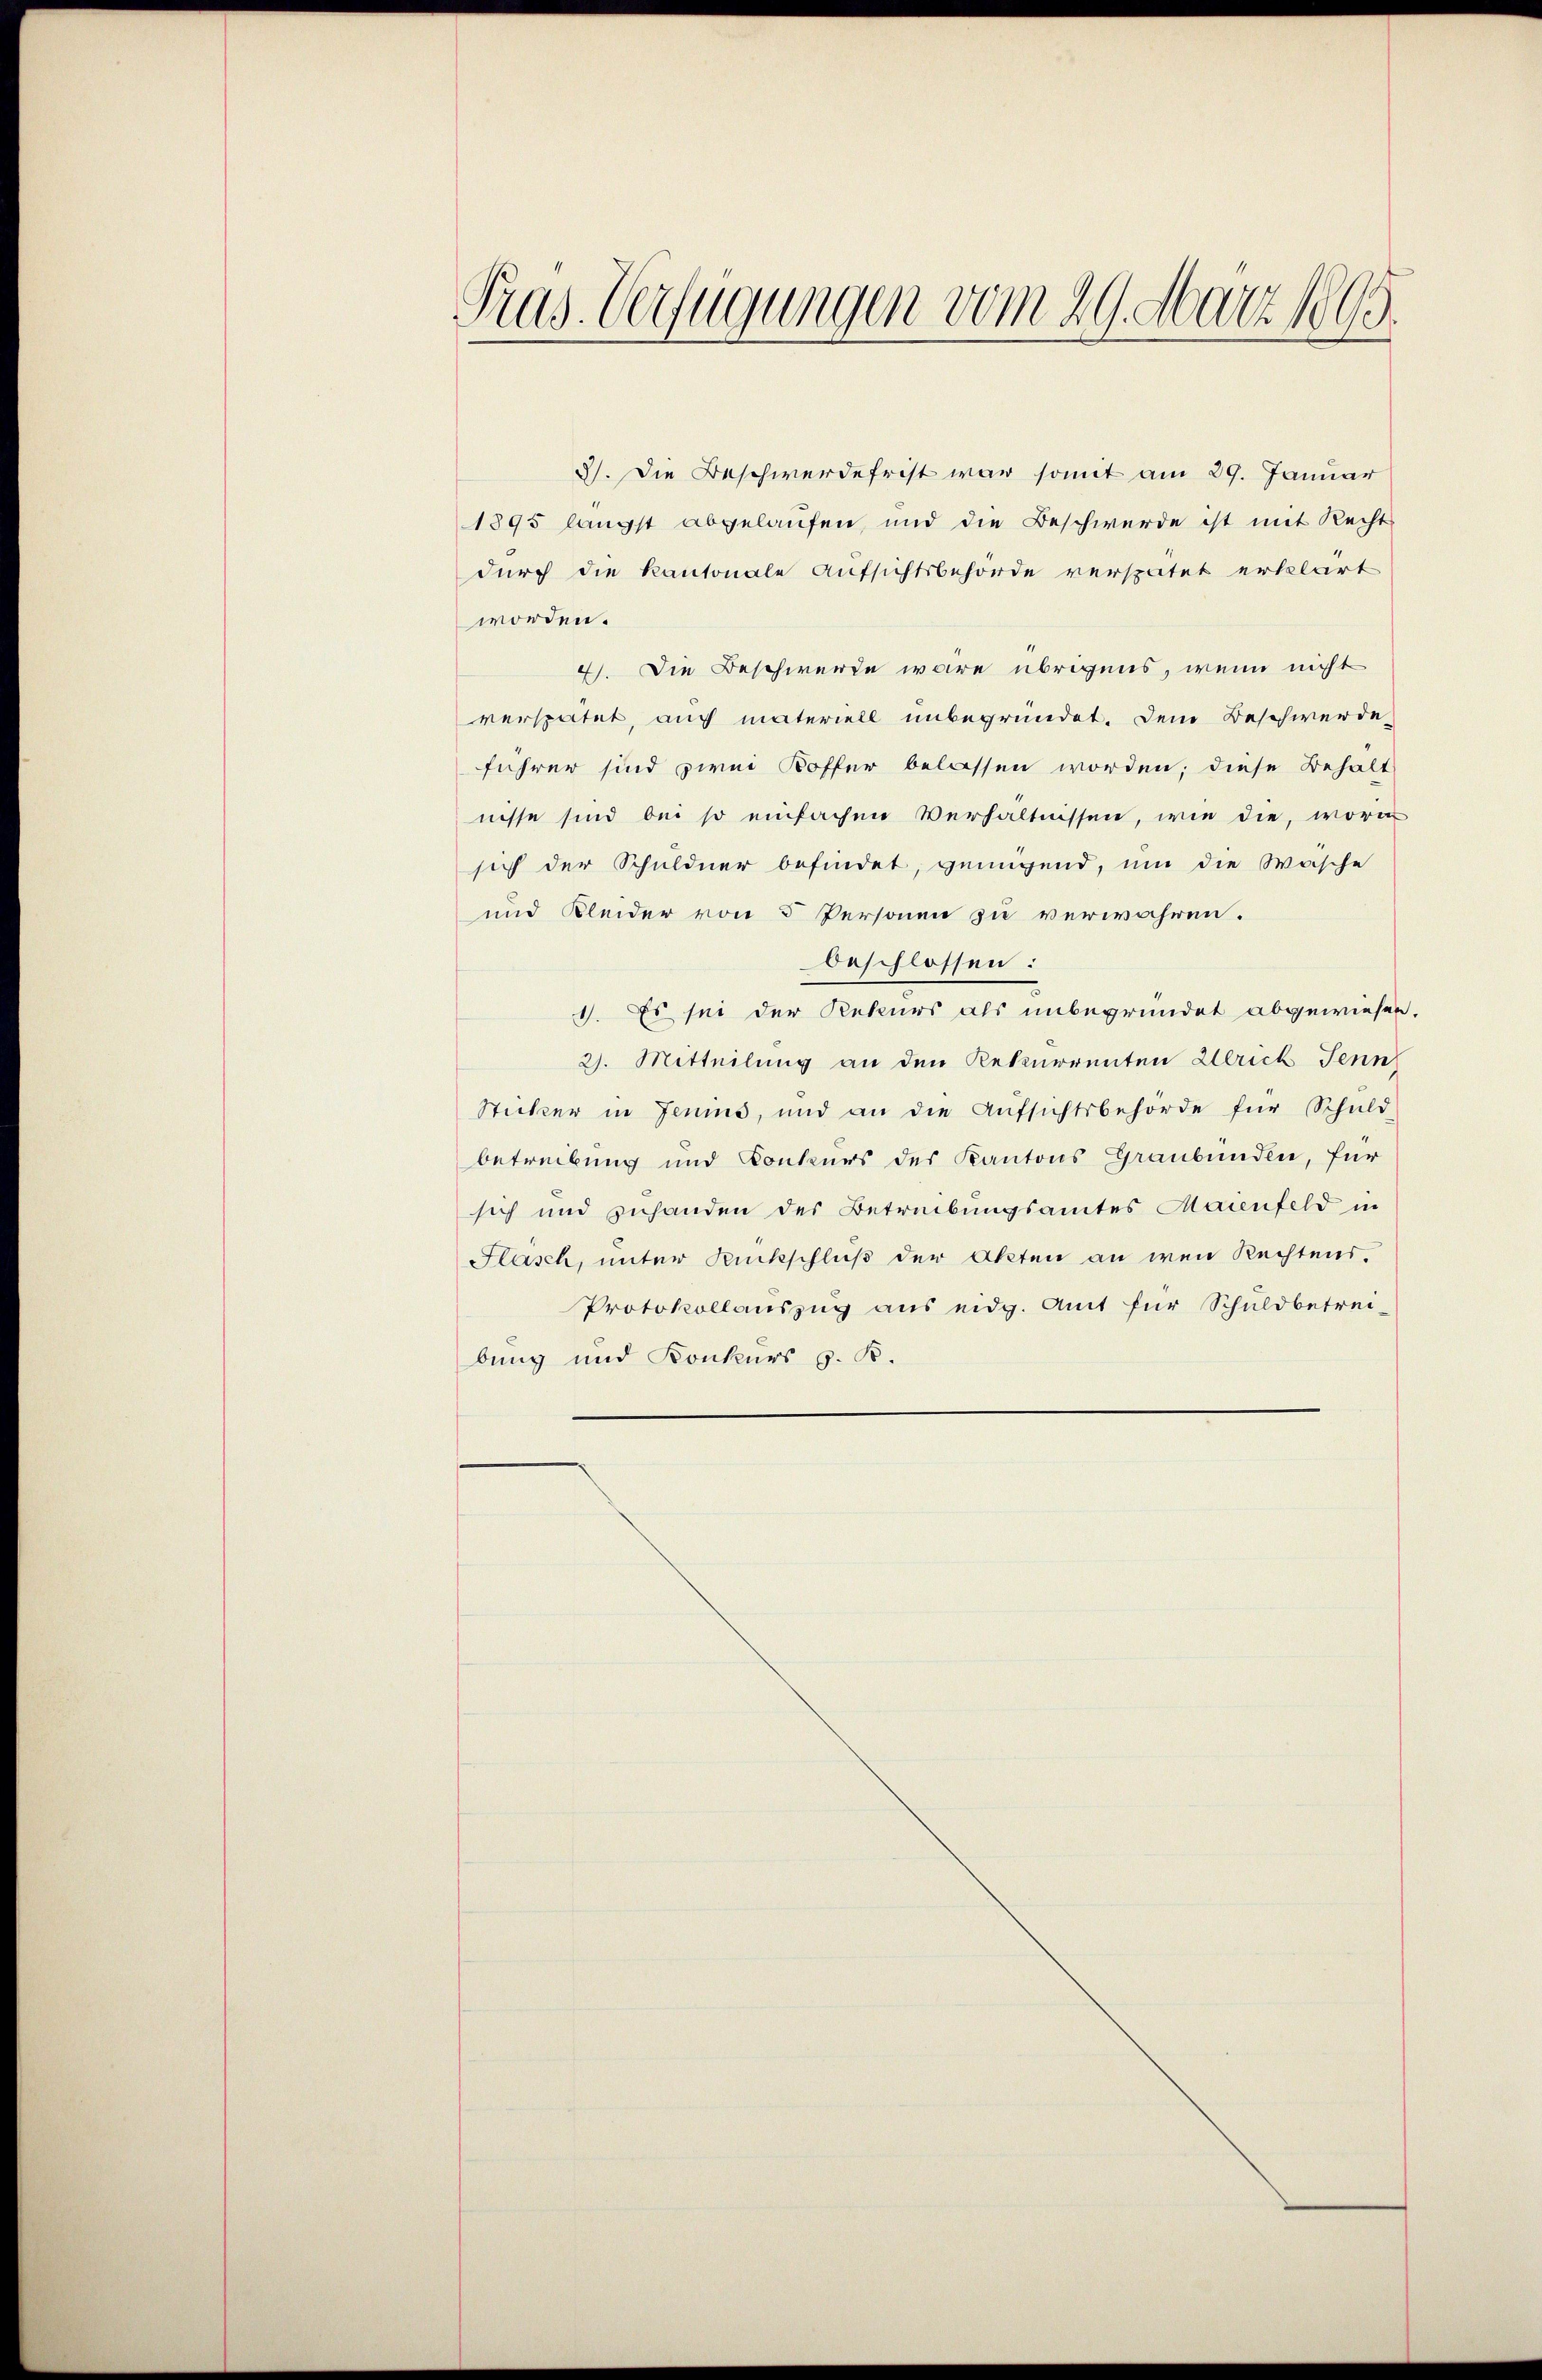
Pras. Verfügungen vom 29. März 1865.

3). Die Beschwerdefrist war somit am 29. Januar
1895 längst abgelaufen, und die Beschwerde ist mit Recht
durch die Kantonale Aufsichtsbehörde verspätet erklärt
worden.
4). Die Beschwerde wäre übrigens, wenn nicht
verspätet, auch materiell unbegründet. Dem Beschwerde
führer sind zwei Koffer belassen worden; diese Behalt
nisse sind bei so einfachen Verhältnissen, wie die, worin
sich der Schuldner befindet, genügend, um die Wäsche
und Kleider von 5 Personen zu verwahren.
beschlossen:
1. Es sei der Rekurs als unbegründet abgewiesen.
2. Mitteilung an den Rekurrenten Ulrich Jenn
Sticker in Jenins, und an die Aŭfsichtsbehörde für Schŭld
betreibung und Conkurs des Kantons Graubünden, für
sich und zuhanden des Betreibungsamtes Maienfeld in
Flasch, unter Rückschluß der Akten an wen Rechtens.
Protokollauszug aus eidg. Amt für Schuldbetrei-
bung und Konkurs z. B.